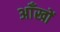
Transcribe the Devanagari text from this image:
अाँखों